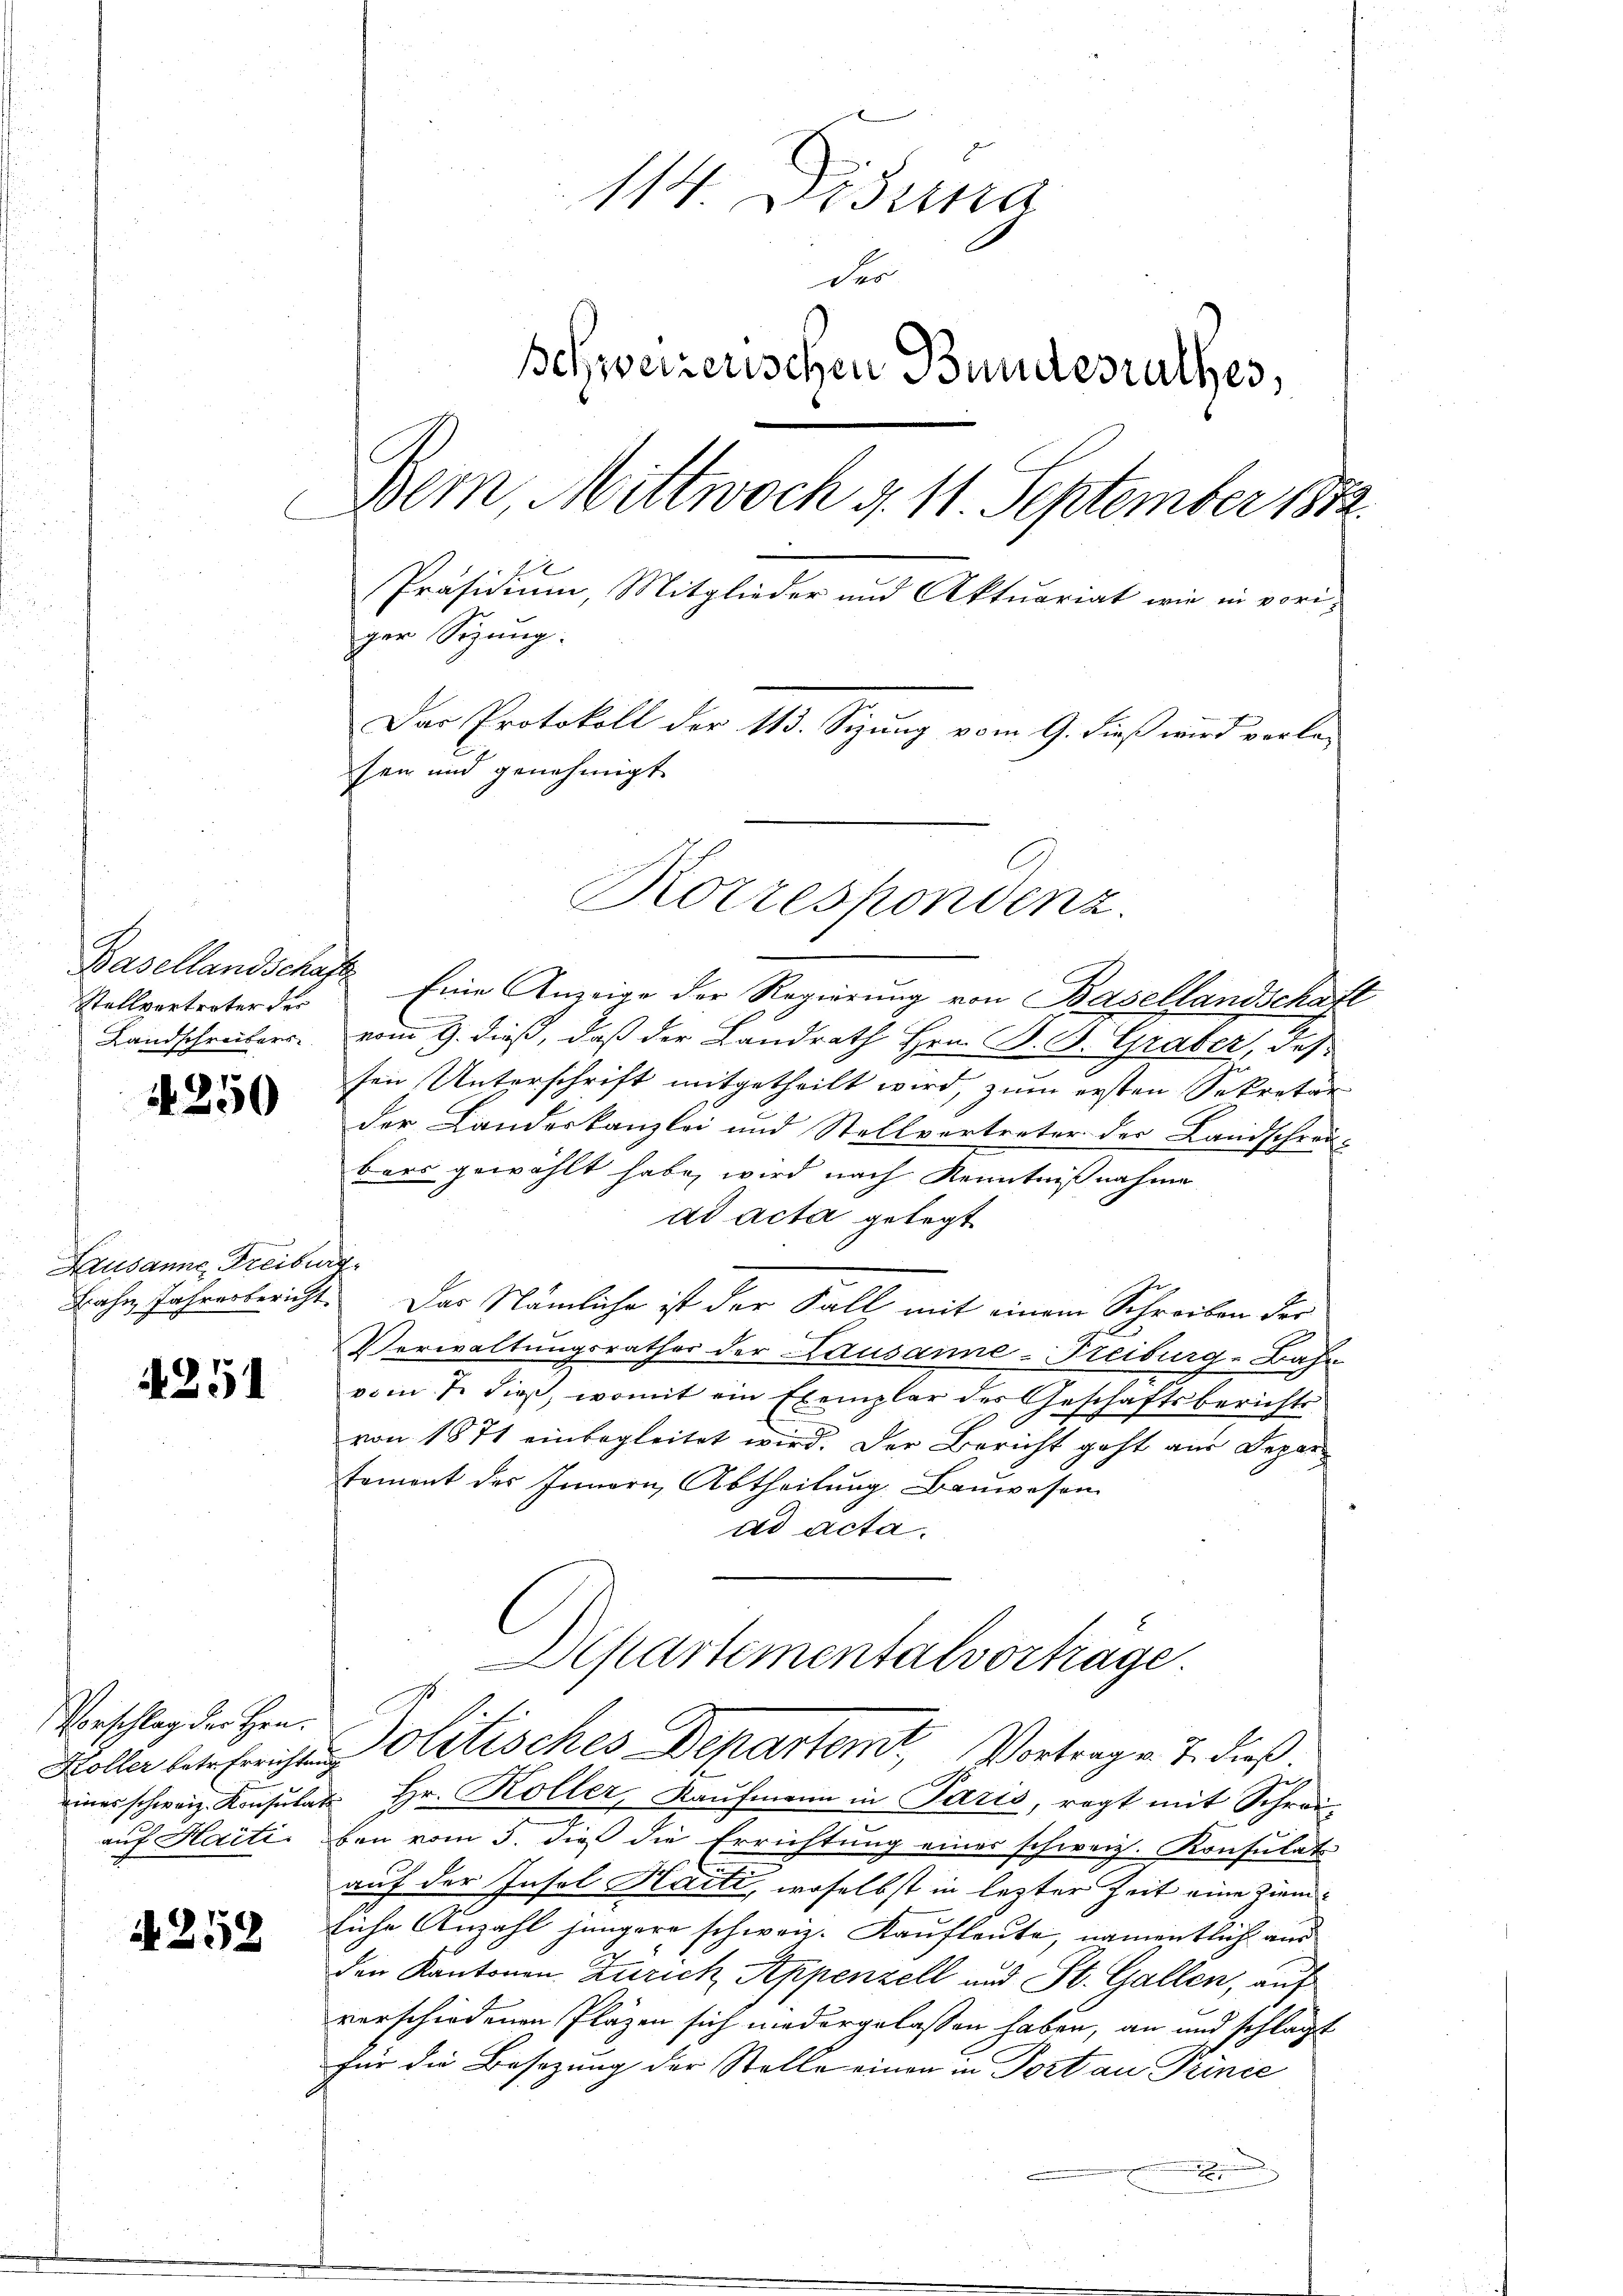
Basellandschaft
Stellvertreter der
Landschreibers

4250

Lausanne, Freiburg,
Bahn Jahresbericht

4251

Vorschlag der Hrn.
auf Haiti.

A 259

114 Dessa
des
Schweizerischen Bundesrathes,
Dem Mittwoch v. 11. September 1882
Präsidium, Mitglieder und Aktuariat wie in voriger Sitzung.
Das Protokoll der 113. Sizung vom 9. dieß wird vorle-
sen und genehmigt.

Eine Anzeige der Regierung von Basellandschaft
vom 9. dieß, daß der Landrath Hrn. B. B. Graber, des
sen Unterschrift mitgetheilt wird, zum ersten Sekretär
der Landeskanzlei und Stellvertreter der Landschrän-
bars gewählt habe, wird nach Kenntnißnahme
ad acta gelegt
Das Nämliche ist der Fall, mit einem Schreiben der
Verwaltungsrathes der Lausanne-Freiburg-Bahn
vom 7. dieß, womit ein Exemplar der Geschäftsberichts-
von 1871 einbegleitet wird. Der Bericht geht aus Depar
toment des Innern, Abtheilung. Bauwesen
ad acta.
Departementalverhäge.
Koller betreiten olitisches Departemt, Vortragen 7. dieß
eines schweiz. Konsulat Hr. Koller, Kaŭfmann in Paris, regt mit Schreiben vom 5. die die Errichtung eines schweiz. Konsulats
auf der Insol Haiti, woselbst in lezter Zeit eine ziemliche Anzahl jüngere schweiz. Kaufleute, namentlich aus
den Kantonen Zürich Appenzell und St. Gallen, auf
verschiedenen Pläzen sich niedergelassen haben, an und schlägt
für die Besetzung der Stelle einen in Portan Prince
.

Korrespondenz.